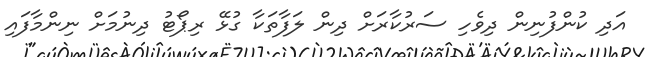
އަދި ކުންފުނިން ދިވެހި ސަރުކާރަށް ދިން ލަފާތަކާ ގުޅޭ ރިޕޯޓު ދިނުމަށް ނިންމާފައި